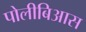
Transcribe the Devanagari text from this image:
पोलीबिआस